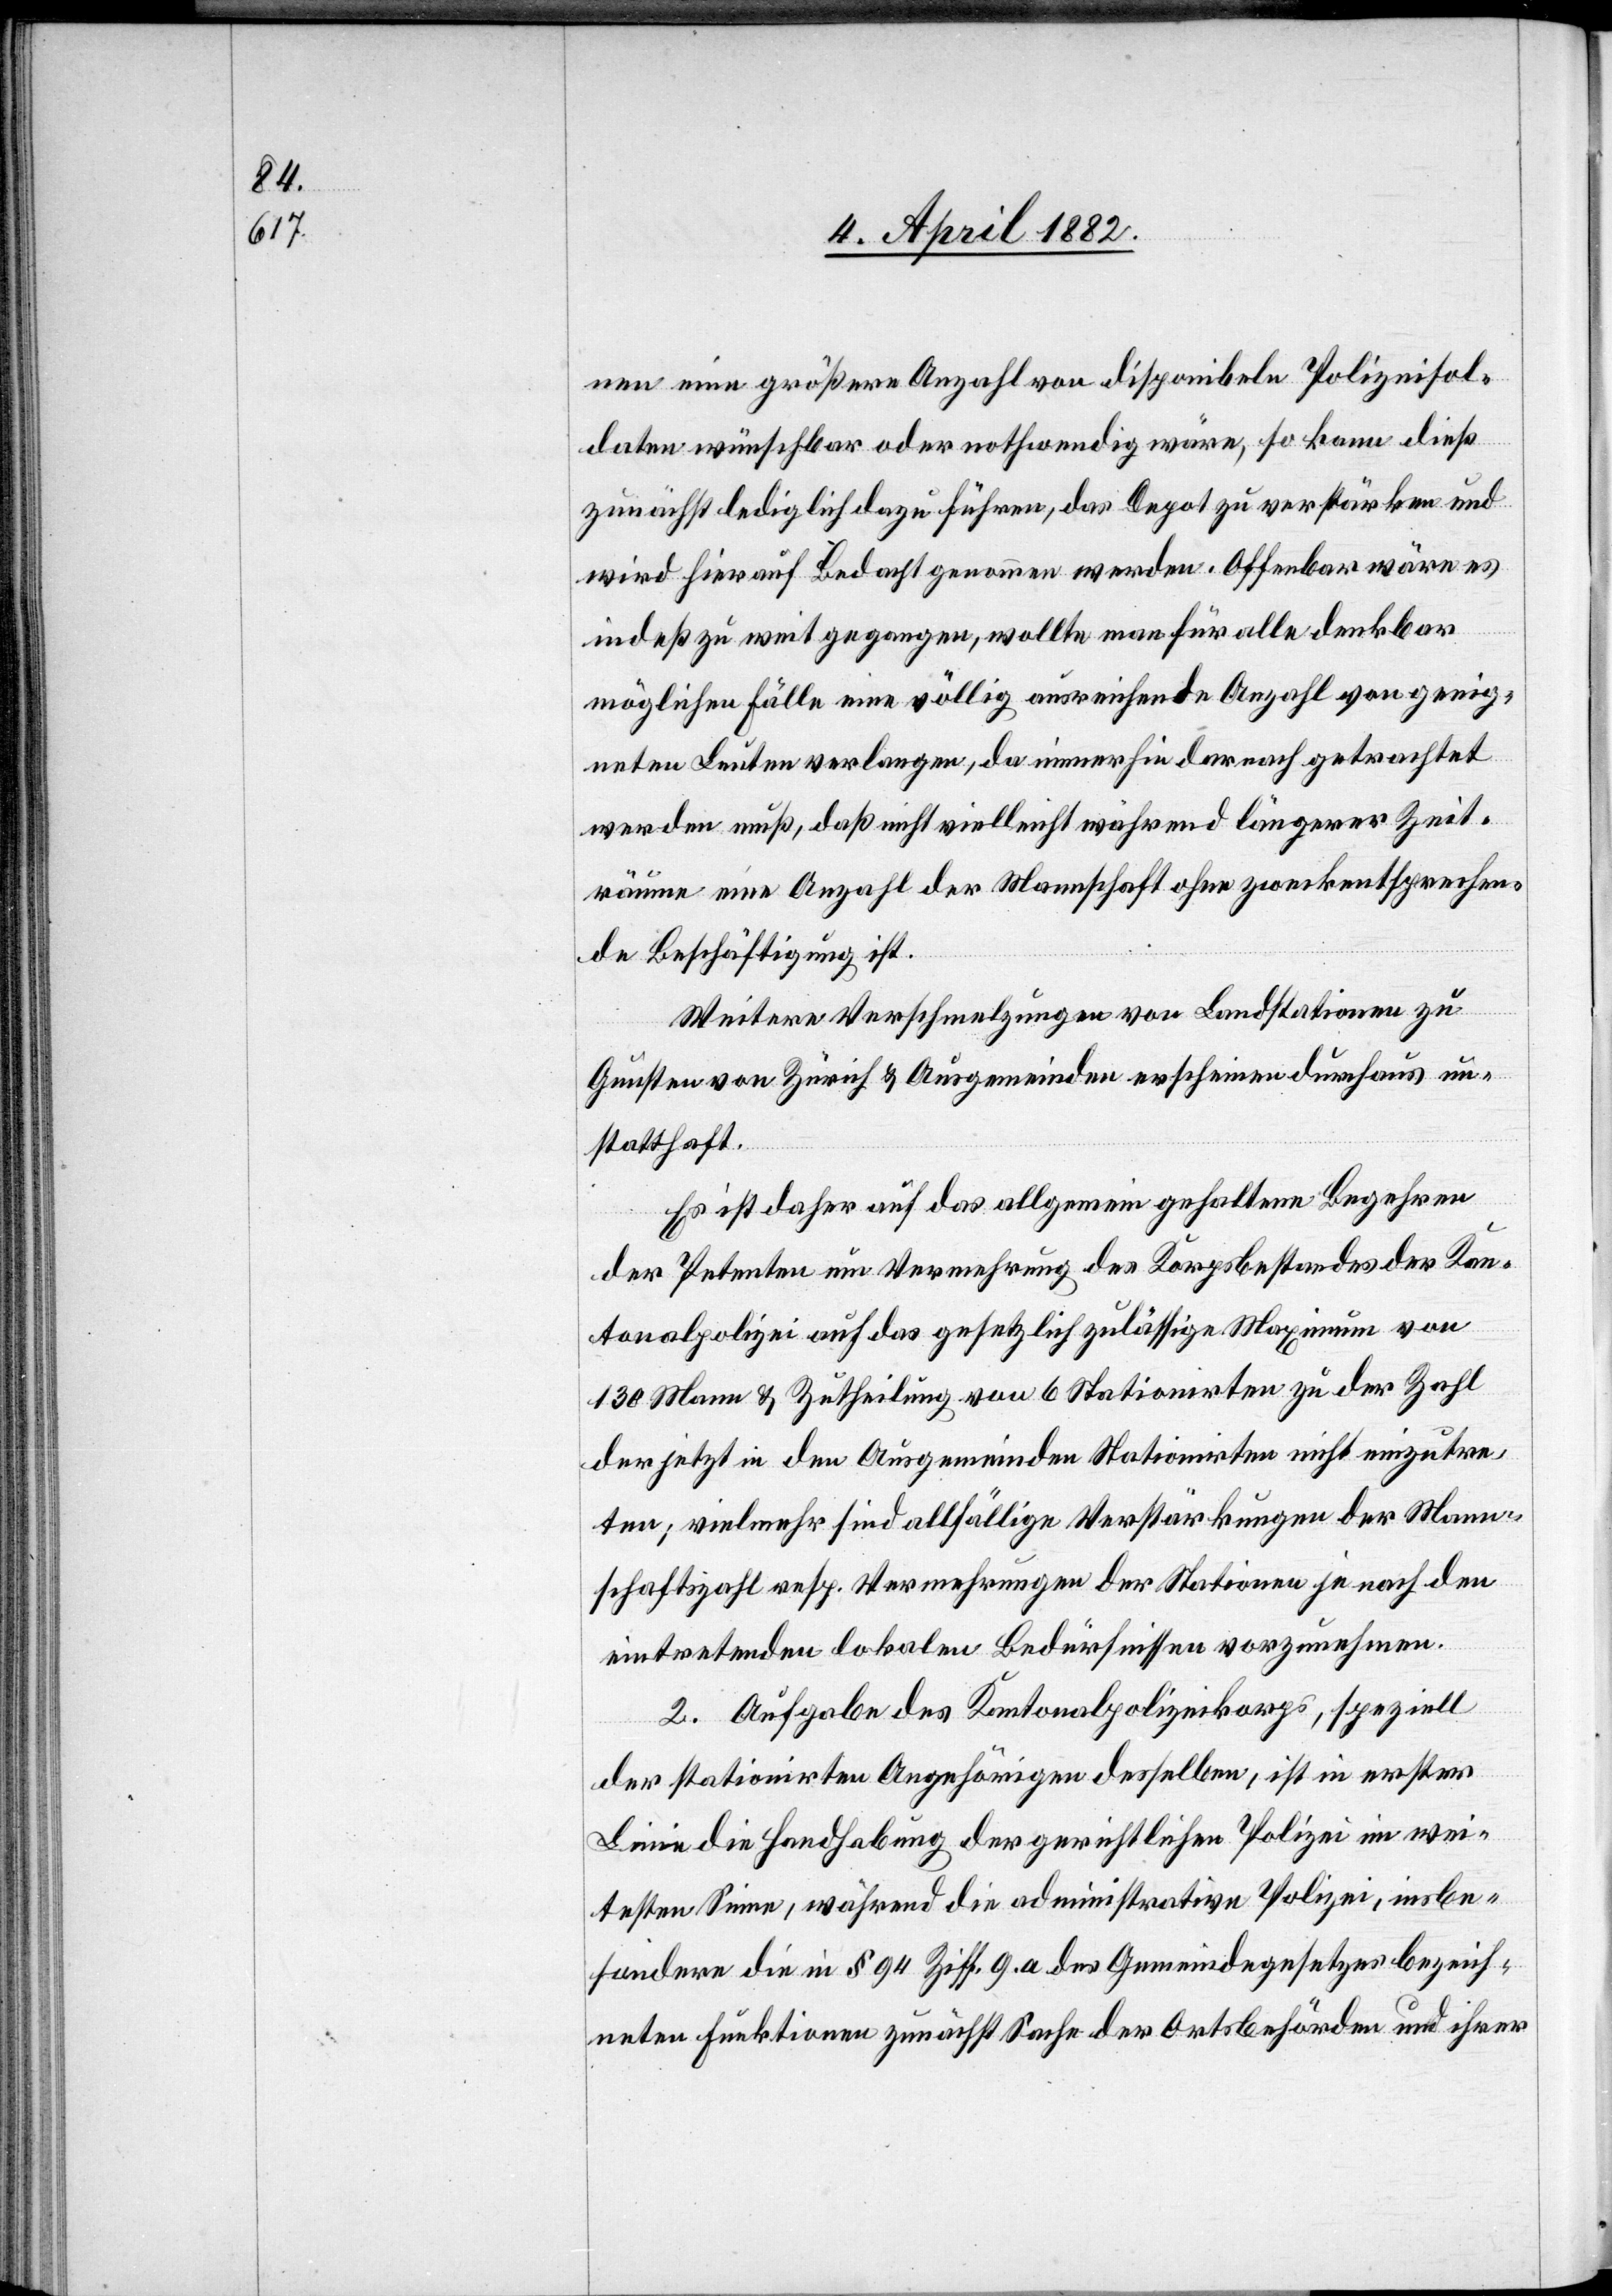
nen eine größere Anzahl von disponibeln Polizeisol¬
daten wünschbar oder nothwendig wäre, so kann dieß
zunächst lediglich dazu führen, das Depot zu verstärken und
wird hierauf Bedacht genommen werden. Offenbar wäre es
indeß zu weit gegangen, wollte man für alle denkbar
möglichen Fälle eine völlig ausreichende Anzahl von geeig¬
neten Leuten verlangen, da immerhin darnach getrachtet
werden muß, daß nicht vielleicht während längerer Zeit¬
räume eine Anzahl der Mannschaft ohne zweckentsprechen¬
de Beschäftigung ist.
Weitere Verschmelzungen von Landstationen zu
Gunsten von Zürich & Ausgemeinden erscheinen durchaus un¬
statthaft.
Es ist daher auf das allgemein gehaltene Begehren
der Petenten um Vermehrung des Korpsbestandes der Kan¬
tonalpolizei auf das gesetzlich zulässige Maximum von
130 Mann & Zutheilung von 6 Stationirten zu der Zahl
der jetzt in den Ausgemeinden Stationirten nicht einzutre¬
ten; vielmehr sind allfällige Verstärkungen der Mann¬
schaftszahl resp. Vermehrungen der Stationen je nach den
eintretenden lokalen Bedürfnissen vorzunehmen.
2. Aufgabe des Kantonalpolizeikorps, speziell
der stationirten Angehörigen desselben, ist in erster
Linie die Handhabung der gerichtlichen Polizei im wei¬
testen Sinne, während die administrative Polizei, insbe¬
sondere die in § 94 Ziff. 9. a des Gemeindegesetzes bezeich¬
neten Funktionen zunächst Sache der Ortsbehörden und ihrer